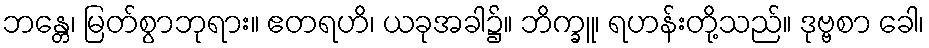
ဘန္တေ၊ မြတ်စွာဘုရား။ ဧတရဟိ၊ ယခုအခါ၌။ ဘိက္ခူ၊ ရဟန်းတို့သည်။ ဒုဗ္ဗစာ ခေါ၊